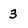
Character: 3